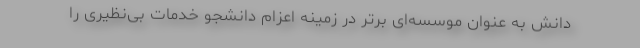
دانش به عنوان موسسه‌ای برتر در زمینه اعزام دانشجو خدمات بی‌نظیری را